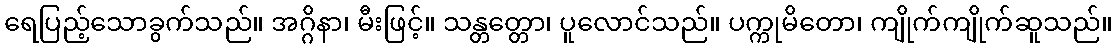
ရေပြည့်သောခွက်သည်။ အဂ္ဂိနာ၊ မီးဖြင့်။ သန္တတ္တော၊ ပူလောင်သည်။ ပက္ကုမိတော၊ ကျိုက်ကျိုက်ဆူသည်။